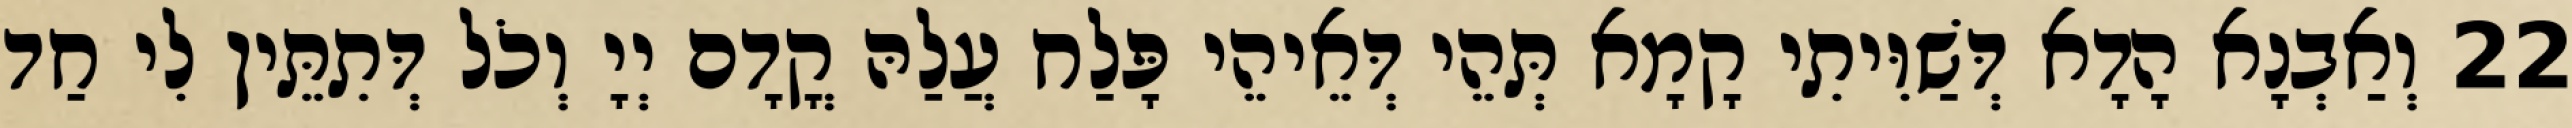
22 וְאַבְנָא הָדָא דְּשַׁוִּיתִי קָמָא תְּהֵי דְּאֵיהֵי פָּלַח עֲלַהּ קֳדָם יְיָ וְכֹל דְּתִתֵּין לִי חַד